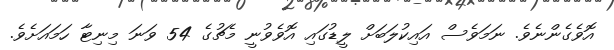
އޮވެގެންނެވެ. ނަމަވެސް އައިކުލަބަށް ލީޑުގައި އޮވެވުނީ މެޗުގެ 54 ވަނަ މިނިޓާ ހަމައަށެވެ.